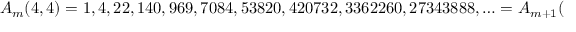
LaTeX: A _ { m } ( 4 , 4 ) = 1 , 4 , 2 2 , 1 4 0 , 9 6 9 , 7 0 8 4 , 5 3 8 2 0 , 4 2 0 7 3 2 , 3 3 6 2 2 6 0 , 2 7 3 4 3 8 8 8 , \ldots = A _ { m + 1 } ( 4 , 1 )